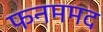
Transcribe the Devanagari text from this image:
फनममद